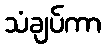
သံချပ်ကာ